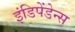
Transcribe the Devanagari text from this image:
इंडिपेंडेन्स